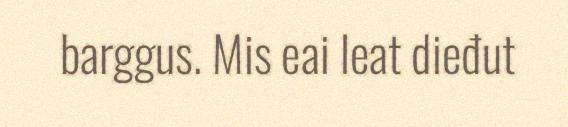
barggus. Mis eai leat dieđut